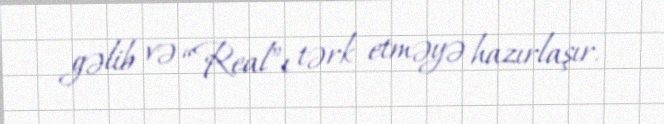
gəlib və “Real”ı tərk etməyə hazırlaşır.